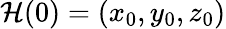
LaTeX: \mathcal{H}(0)=(x_{0},y_{0},z_{0})